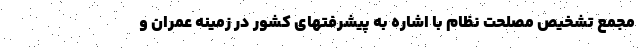
مجمع تشخیص مصلحت نظام با اشاره به پیشرفتهای کشور در زمینه عمران و